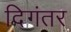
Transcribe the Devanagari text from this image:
दिगंतर